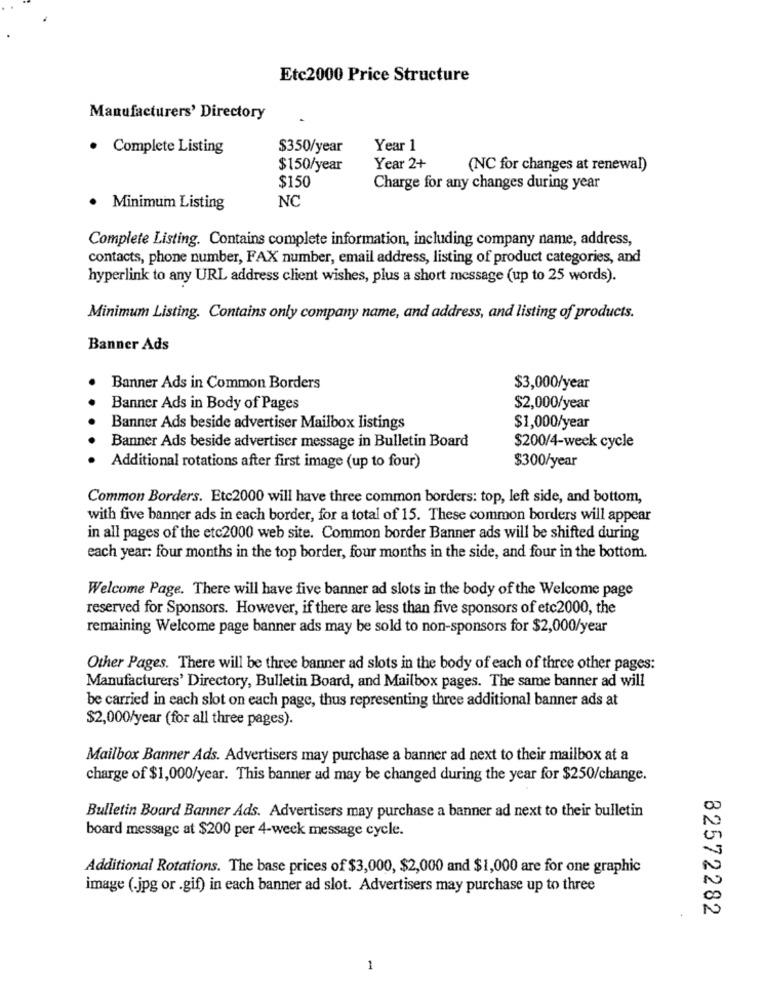
Etc2000 Price Structure
Manufacturers' Directory
· Complete Listing
$350/year
Year 1
$150/year
Year 2+
(NC for changes at renewal)
$150
Charge for any changes during year
NC
Minimum Listing
Complete Listing. Contains complete information, including company name, address,
contacts, phone number, FAX number, email address, listing of product categories, and
hyperlink to any URL address client wishes, plus a short message (up to 25 words).
Minimum Listing. Contains only company name, and address, and listing of products.
Banner Ads
Banner Ads in Common Borders
$3,000/year
Banner Ads in Body of Pages
$2,000/year
Banner Ads beside advertiser Mailbox listings
$1,000/year
Banner Ads beside advertiser message in Bulletin Board
$200/4-week cycle
$300/year
Additional rotations after first image (up to four)
Common Borders. Etc2000 will have three common borders: top, left side, and bottom,
with five banner ads in each border, for a total of 15. These common borders will appear
in all pages of the etc2000 web site. Common border Banner ads will be shifted during
each year: four months in the top border, four months in the side, and four in the bottom.
Welcome Page. There will have five banner ad slots in the body of the Welcome page
reserved for Sponsors. However, if there are less than five sponsors of etc2000, the
remaining Welcome page banner ads may be sold to non-sponsors for $2,000/year
Other Pages. There will be three banner ad slots in the body of each of three other pages:
Manufacturers' Directory, Bulletin Board, and Mailbox pages. The same banner ad will
be carried in each slot on each page, thus representing three additional banner ads at
$2,000/year (for all three pages).
Mailbox Banner Ads. Advertisers may purchase a banner ad next to their mailbox at a
charge of $1,000/year. This banner ad may be changed during the year for $250/change.
Bulletin Board Banner Ads. Advertisers may purchase a banner ad next to their bulletin
board message at $200 per 4-week message cycle.
Additional Rotations. The base prices of $3,000, $2,000 and $1,000 are for one graphic
image (.jpg or .gif) in each banner ad slot. Advertisers may purchase up to three
82572282
1